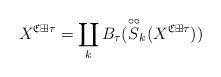
LaTeX: \begin{align*}X^{\frak C\boxplus\tau}= \coprod_k B_{\tau}(\overset{\circ\circ}S_k(X^{\frak C\boxplus\tau}))\end{align*}